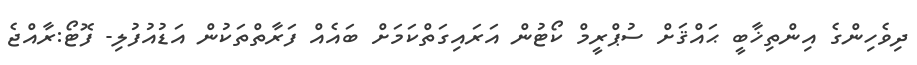
ދިވެހިންގެ އިންތިޚާބީ ޙައްޤަށް ސުޕްރީމް ކޯޓުން އަރައިގަތްކަމަށް ބައެއް ފަރާތްތަކުން އަޑުއުފުލި- ފޮޓޯ:ރާއްޖެ